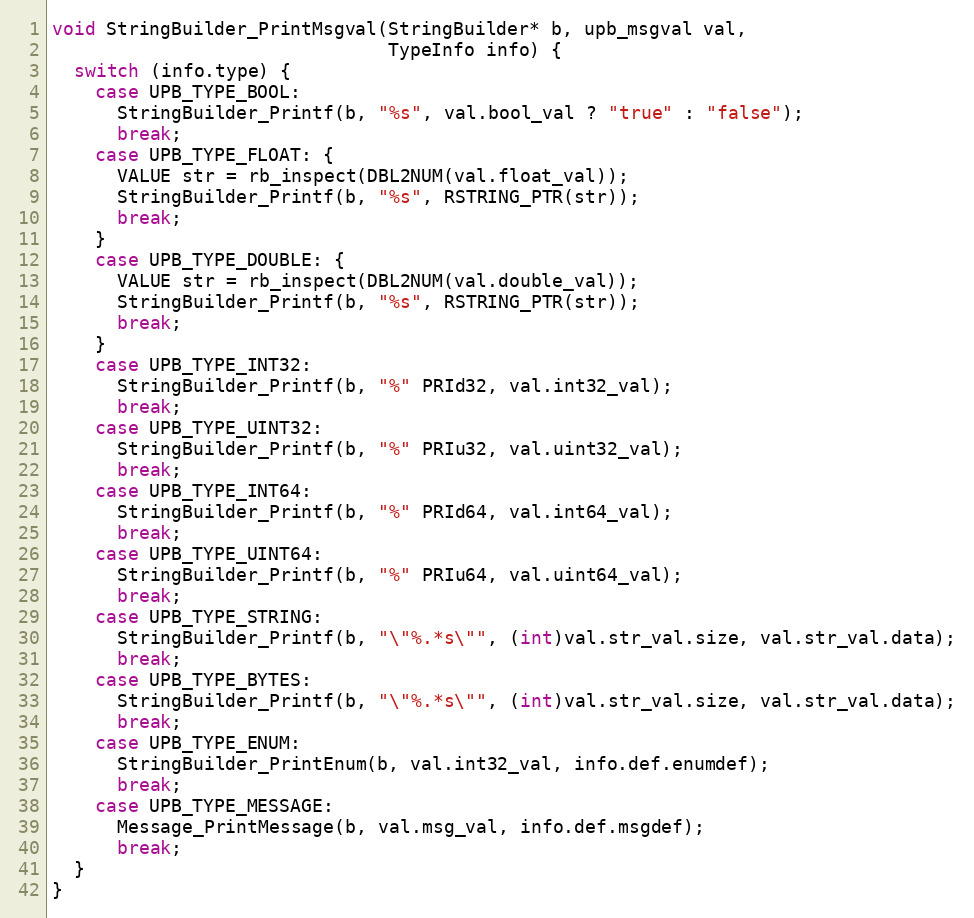
Language: C
void StringBuilder_PrintMsgval(StringBuilder* b, upb_msgval val,
                               TypeInfo info) {
  switch (info.type) {
    case UPB_TYPE_BOOL:
      StringBuilder_Printf(b, "%s", val.bool_val ? "true" : "false");
      break;
    case UPB_TYPE_FLOAT: {
      VALUE str = rb_inspect(DBL2NUM(val.float_val));
      StringBuilder_Printf(b, "%s", RSTRING_PTR(str));
      break;
    }
    case UPB_TYPE_DOUBLE: {
      VALUE str = rb_inspect(DBL2NUM(val.double_val));
      StringBuilder_Printf(b, "%s", RSTRING_PTR(str));
      break;
    }
    case UPB_TYPE_INT32:
      StringBuilder_Printf(b, "%" PRId32, val.int32_val);
      break;
    case UPB_TYPE_UINT32:
      StringBuilder_Printf(b, "%" PRIu32, val.uint32_val);
      break;
    case UPB_TYPE_INT64:
      StringBuilder_Printf(b, "%" PRId64, val.int64_val);
      break;
    case UPB_TYPE_UINT64:
      StringBuilder_Printf(b, "%" PRIu64, val.uint64_val);
      break;
    case UPB_TYPE_STRING:
      StringBuilder_Printf(b, "\"%.*s\"", (int)val.str_val.size, val.str_val.data);
      break;
    case UPB_TYPE_BYTES:
      StringBuilder_Printf(b, "\"%.*s\"", (int)val.str_val.size, val.str_val.data);
      break;
    case UPB_TYPE_ENUM:
      StringBuilder_PrintEnum(b, val.int32_val, info.def.enumdef);
      break;
    case UPB_TYPE_MESSAGE:
      Message_PrintMessage(b, val.msg_val, info.def.msgdef);
      break;
  }
}